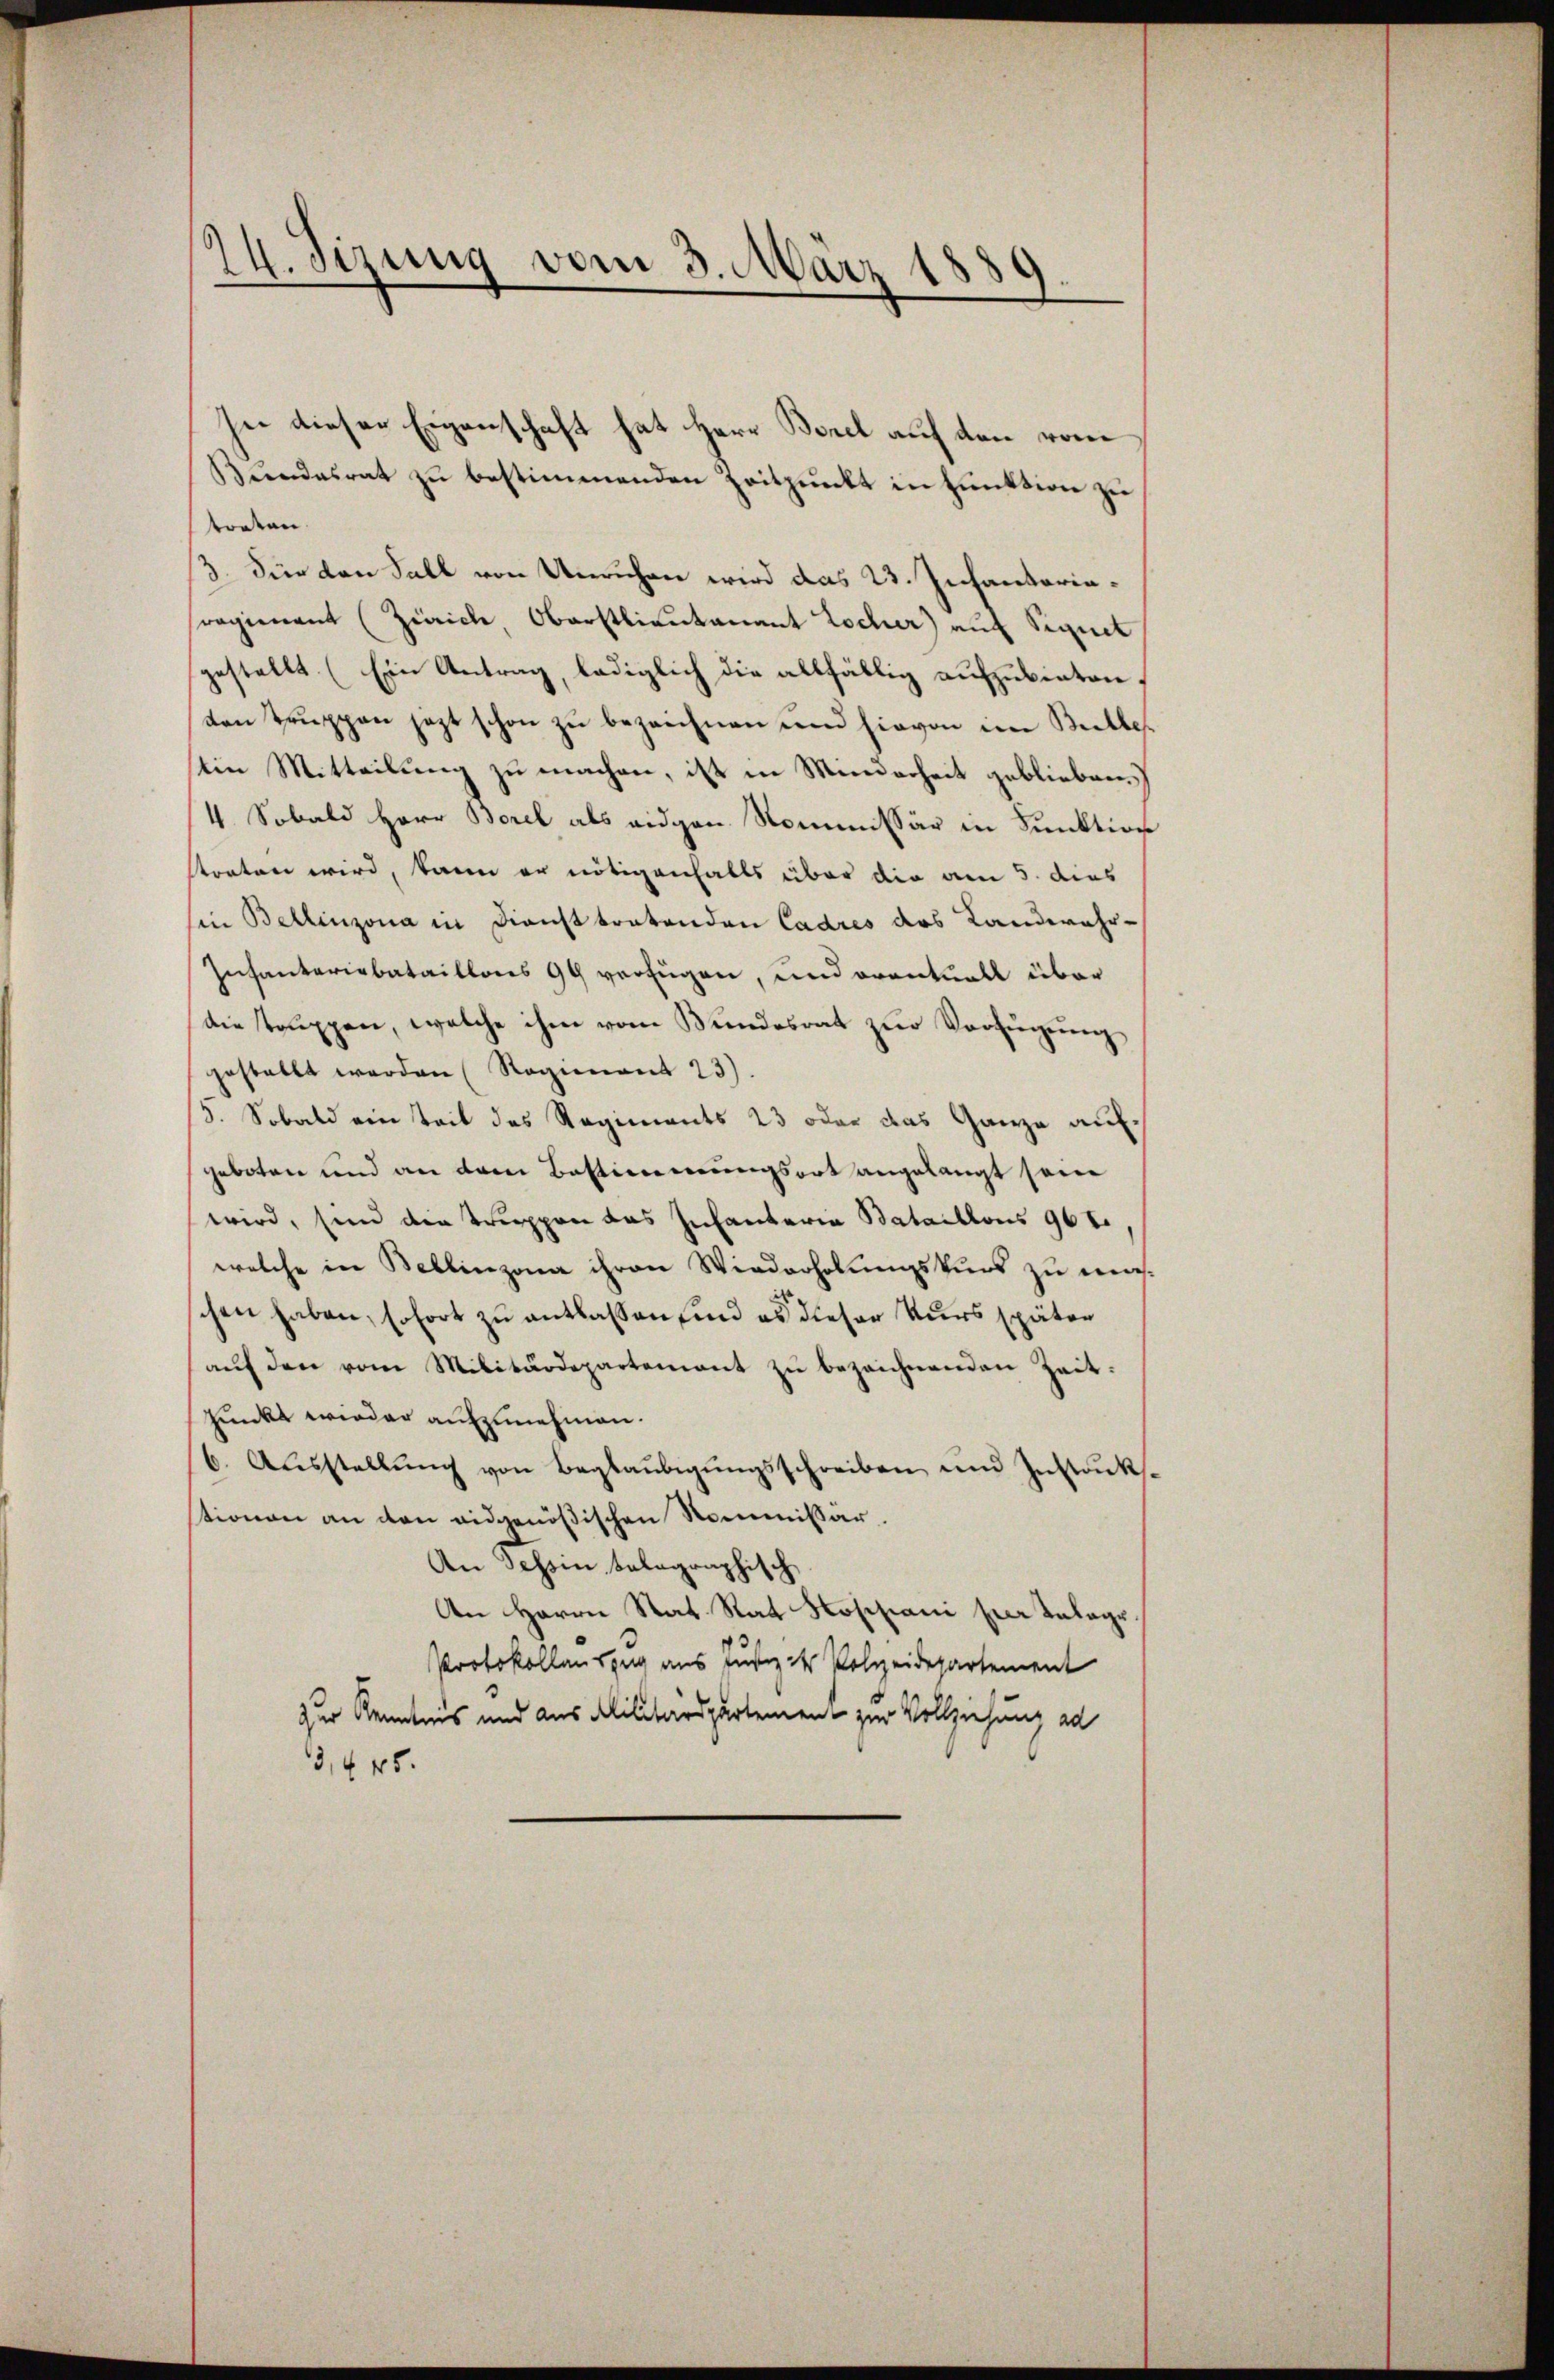
24. Sizung vom 3. März 1889.

Bundesrat zu bestimmenden Zeitpunkt in Funktion zu
treten.
3. Für den Fall von Unruhen wird das 23. Infanteriasregiment (Zürich, Oberstlieutenant Locher) auf Sequel
gestellt (Ein Antrag, lediglich die allfällig aufzubieten,
ten Truppen jezt schon zu bezeichnen und hievon im Bulletin Mitteilung zu machen, ist in Minderheit geblieben.
4. Sobald Herr Borel als eidgen. Kommissär in Funktion
storten wird, kann er nötigenfalls über die am 5. dies
in Bellinzona in Dienst tratenden Cadres das Landwehr-
Infanteriebataillons 99 verfügen, und oventuell über
die struppen, welche ihm vom Bundesrat zur Verfügung
gestellt werden (Regienant 23).
3. Sobald ein Zeit des Regiments 23 oder das Ganze aufgeboten und an dem Bestimmungsort angelangt sein
wird, sein die Truppen das Infanteria Bataillons 962,
welche in Bellinzona ihren Wiederholungskurs zu machen haben, sofort zu entlassen, und es dieser Kurs später
aŭf den vom Militärdepartement zŭ bezeichnenden Zeit:
Zunkt wieder aufzunehmen.
6. Aŭsstellŭng von Beglaŭbigŭngsschreiben und Instank.
tionen an den eidgenößischen Kommissär
An Tessin kolographisch,
An Herrn Rat Rat Hoppani per Belage.
Protokollauszug aus Justiz & Polzeidepartement
zur Kenntnis und aus Alilitärspartement zur Vollziehung ad
3,445.

se dieser Eigenschaft hat Herr Borel auf den vom